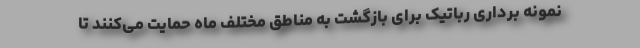
نمونه برداری رباتیک برای بازگشت به مناطق مختلف ماه حمایت می‌کنند تا